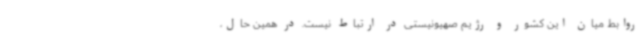
روابط میان این کشور و رژیم صهیونیستی در ارتباط نیست. در همین حال،